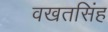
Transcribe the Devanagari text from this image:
वखतसिंह